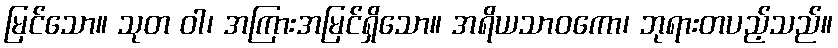
မြင်သော။ သုတ ဝါ၊ အကြားအမြင်ရှိသော။ အရိယသာဝကော၊ ဘုရားတပည့်သည်။